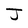
Character: J